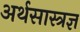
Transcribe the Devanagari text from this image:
अर्थसास्त्रज्ञ